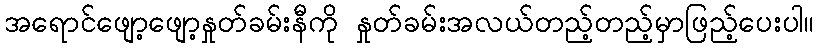
အရောင်ဖျော့ဖျော့နှုတ်ခမ်းနီကို နှုတ်ခမ်းအလယ်တည့်တည့်မှာဖြည့်ပေးပါ။